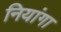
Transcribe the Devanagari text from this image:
नियांगा